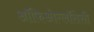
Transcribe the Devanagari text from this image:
ऑफिओग्लॉसेसी